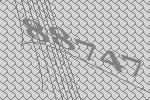
88747